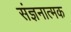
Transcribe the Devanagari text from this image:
संज्ञनात्मक